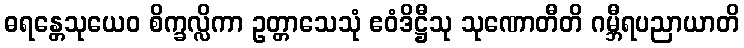
ဓရန္တေသုယေဝ စိက္ခလ္လိကာ ဥတ္တာသေသုံ ဧဝံဒိဋ္ဌီသု သုဏောတီတိ ဂမ္ဘီရပညာယာတိ